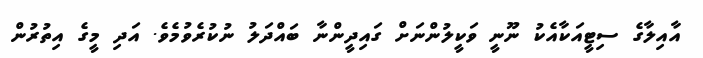
އާއިލާގެ ސިޓީއަކާއެކު ނޫނީ ވަކީލުންނަށް ގައިދީންނާ ބައްދަލު ނުކުރެވުމެވެ. އަދި މީގެ އިތުރުން